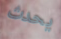
يحدث